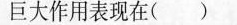
巨大作用表现在( )